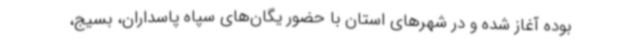
بوده آغاز شده و در شهرهای استان با حضور یگان‌های سپاه پاسداران، بسیج،